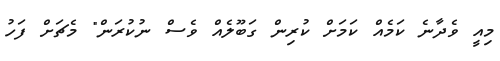
މިއީ ވެދާނެ ކަމެއް ކަމަށް ކުރިން ގަބޫލެއް ވެސް ނުކުރަން" މެޗަށް ފަހު